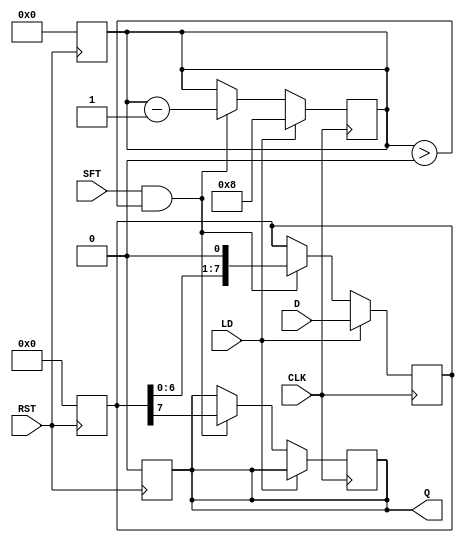
module PISO_Register #(
    parameter WIDTH = 8  // Width of the input data
)(
    input wire [WIDTH-1:0] D,  // Parallel input data
    input wire LD,              // Load control signal
    input wire SFT,             // Shift control signal
    input wire CLK,             // Clock signal
    input wire RST,             // Asynchronous reset signal
    output reg Q                // Serial output
);

    reg [WIDTH-1:0] shift_reg;  // Shift register to hold the data
    reg [3:0] bit_count;         // Counter to track the number of bits shifted out

    // Asynchronous reset
    always @(posedge RST) begin
        shift_reg <= 0;          // Clear shift register
        Q <= 0;                  // Clear output
        bit_count <= 0;          // Reset bit count
    end

    // Load data into the shift register or shift data out
    always @(posedge CLK) begin
        if (LD) begin
            shift_reg <= D;       // Load data into the shift register
            bit_count <= WIDTH;   // Set bit count to the width of the data
        end else if (SFT && bit_count > 0) begin
            Q <= shift_reg[WIDTH-1]; // Output the MSB
            shift_reg <= {shift_reg[WIDTH-2:0], 1'b0}; // Shift left and fill LSB with 0
            bit_count <= bit_count - 1; // Decrement the bit count
        end
    end

endmodule